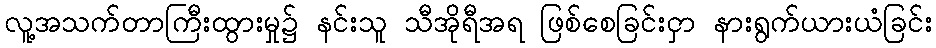
လူ့အသက်တာကြီးထွားမှု၌ နင်းသူ သီအိုရီအရ ဖြစ်စေခြင်းငှာ နားရွက်ယားယံခြင်း